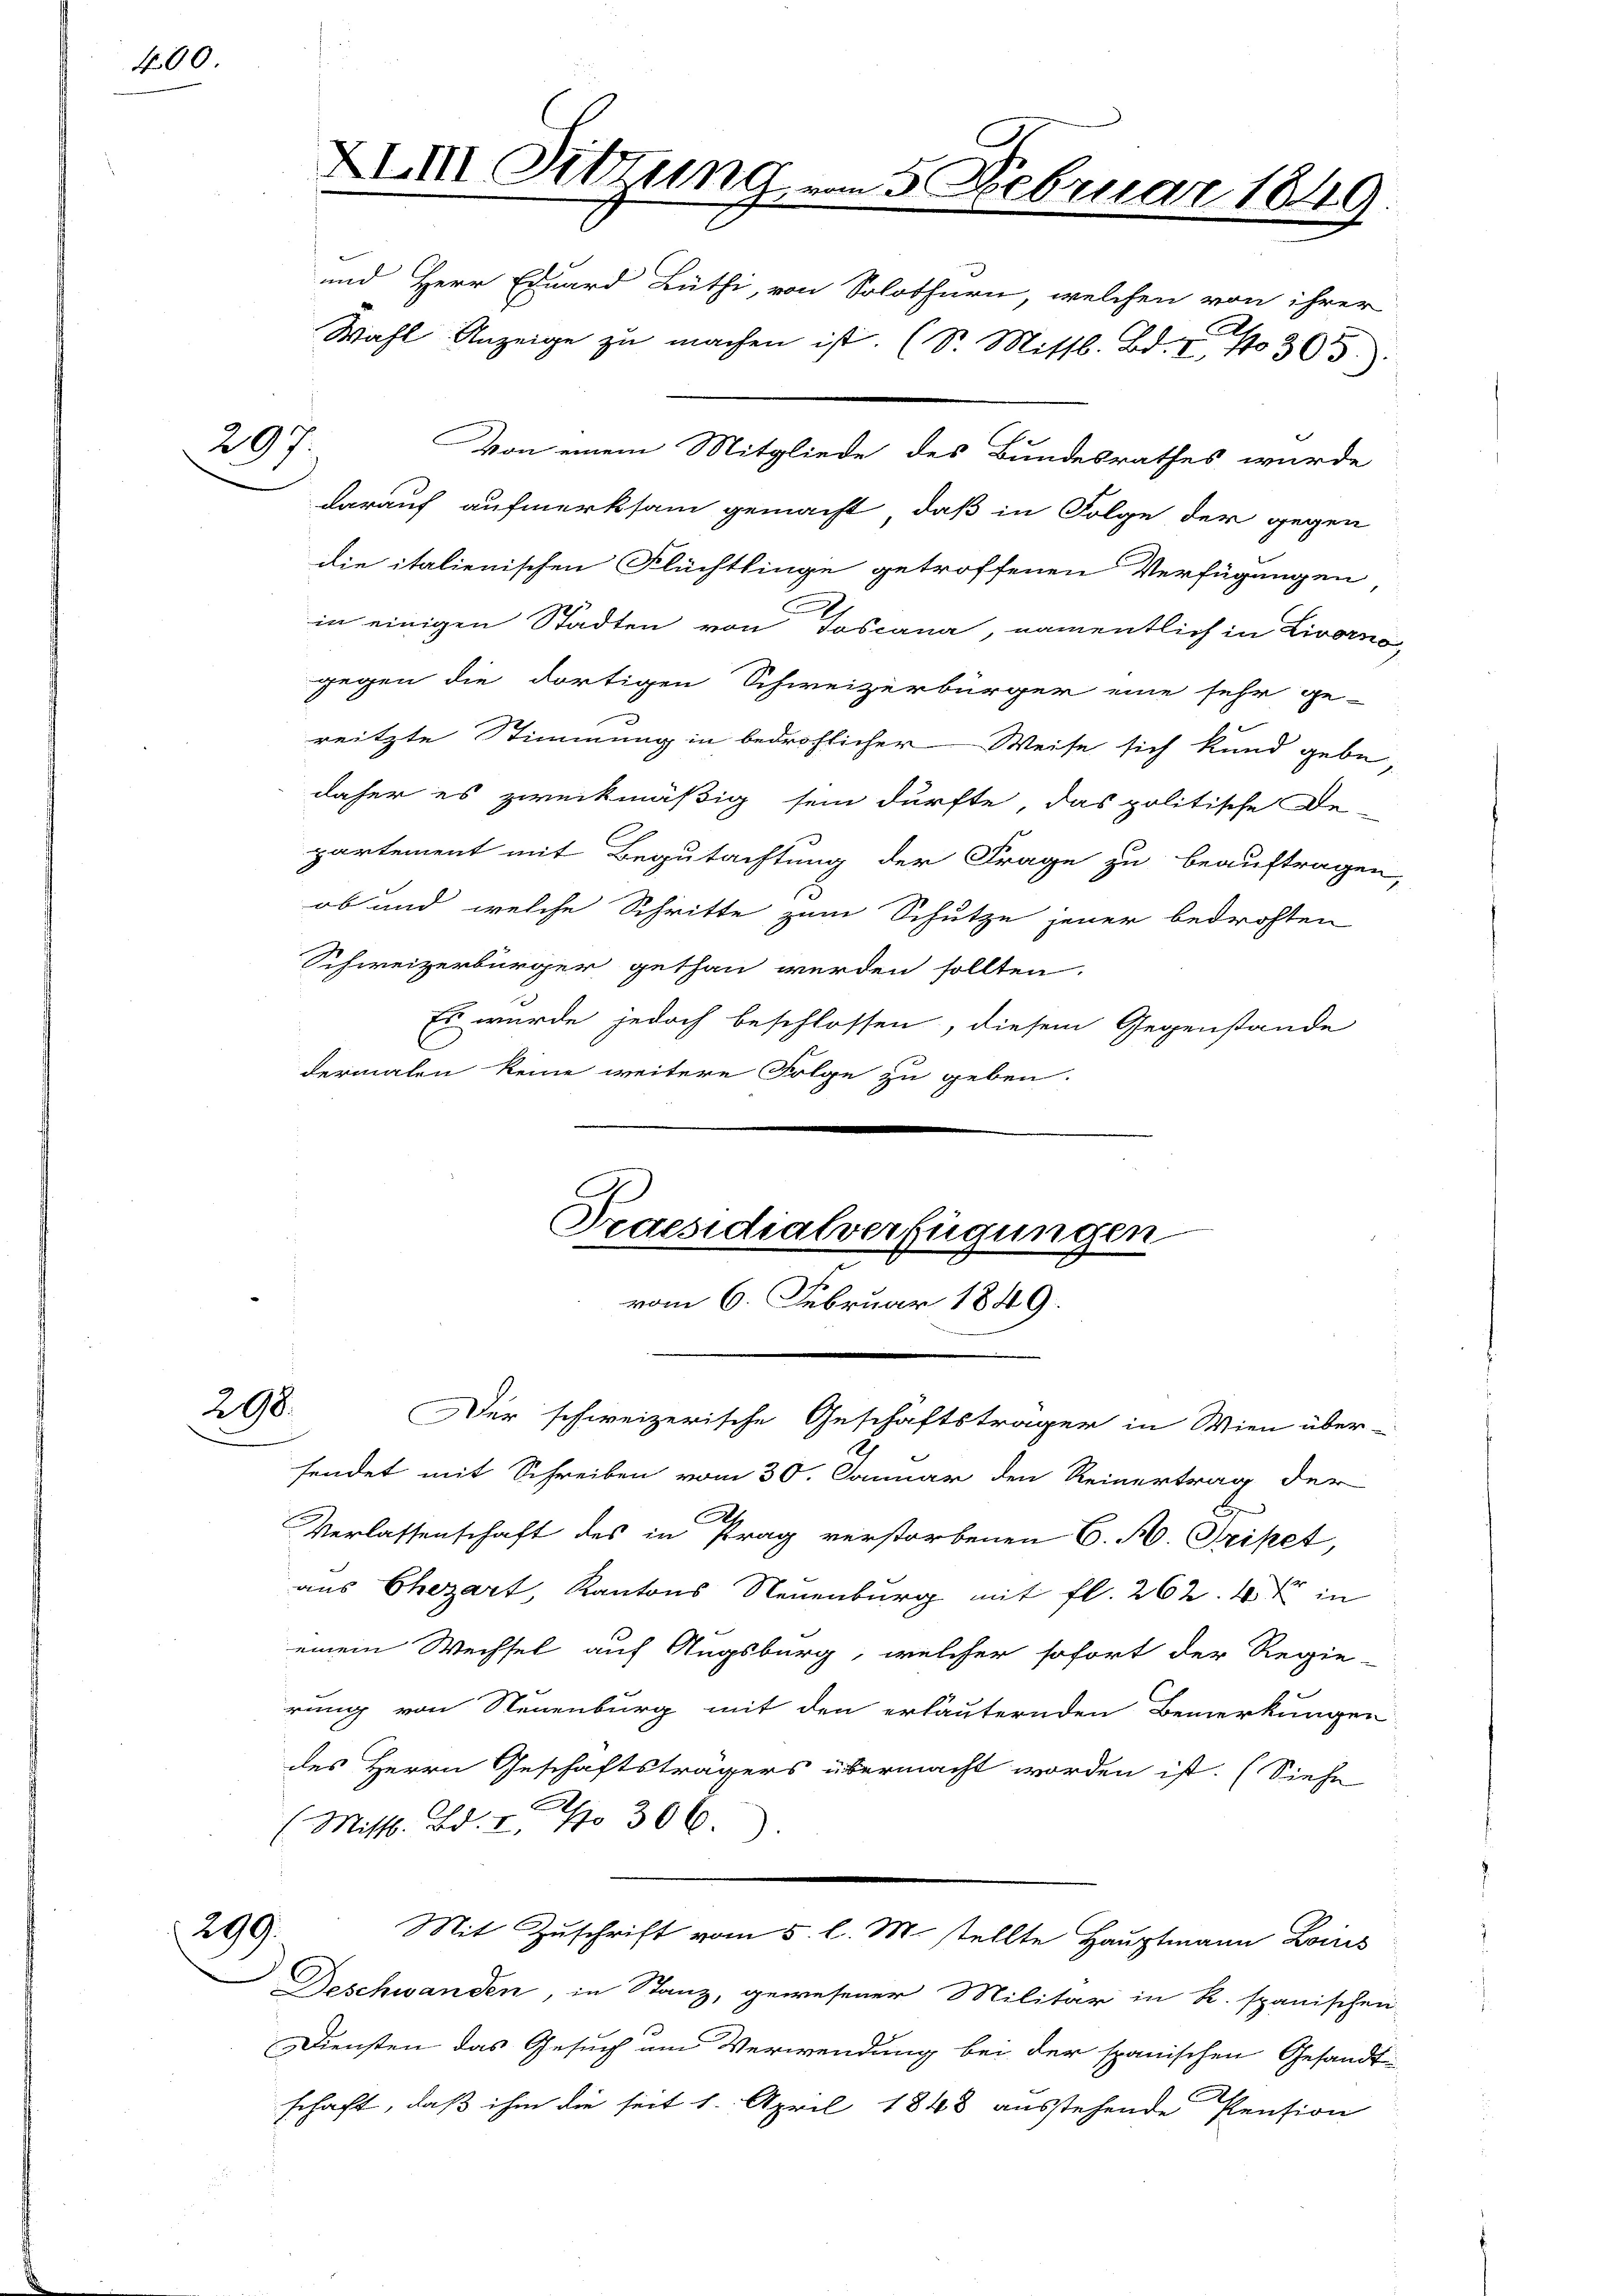
400

297.

290.

299.

XIm Sitzung vom 5 Februar 1849.
und Herr Eduard Büthi, von Solothurn, welchen von ihrer
Wahl Anzeige zu machen ist. (S. Mittl. Bd. 305)

von einem Mitgliede des Bundesrathes wurde
darauf aufmerksam gemacht, daß in Folge der gegen
die italienischen Flüchtlinge getroffenen Verfügungen,
in einigen Städten von Toscana, namentlich in Livorno,
gegen die dortigen Schweizerbürger eine sehr ge-
reitzte Stimmung in bedrohlicher Weise sich kund gebe,
daher es zweckmäßig sein dürfte, das politische De-
partement mit Begutachtung der Frage zu beauftragen,
ob und welche Schritte zum Schutze jener bedrohten
Schweizerbürger gethan werden sollten.
Es wurde jedoch beschlossen, diesem Gegenstände
dermalen keine weitere Folge zu geben.

Praesidialverfügungen
vom 6. Februar 1849.

S
sendet mit Schreiben vom 30. Januar den Reinertrag der
C
Verlassenschaft des in Prag verstorbenen C. A. Tripet,
aus Chezart, Kantons Neuenburg mit fl. 262. 4 in
einem Wechsel auf Augsburg, welcher sofort der Regie-
rung von Neuenburg mit den erläuternden Bemerkungen
des Herrn Geschäftsträgers übermacht worden ist. (Siehe
(Mittl. Bd. 4. No 306.
Mit Zuschrift vom 5. l. M. stellte Hauptmann Loins
Deschwanden, in Stanz, gewesener Militär in R. spanischen
Diensten das Gesuch am Verwendung bei der spanischen Gesandt-
schaft, daß ihm die seit 1. April 1848 ausstehende Pension

Der schweizerische Geschäftsträger in Wien über-